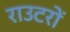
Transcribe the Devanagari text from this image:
राउटरों